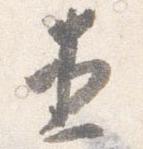
直